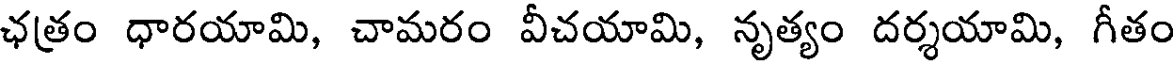
ఛత్రం ధారయామి, చామరం వీచయామి, నృత్యం దర్శయామి, గీతం